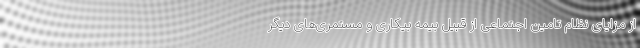
از مزایای نظام تامین اجتماعی از قبیل بیمه بیکاری و مستمری‌های دیگر